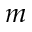
m